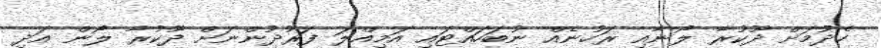
ހެދުމަށް ދޫކުރާ ލޯނާއި ރަހުނެއް ނުބަހައްޓައި އަމިއްލަ ފަރުދުންނަށް ދޫކުރާ ލޯން އަދި